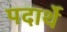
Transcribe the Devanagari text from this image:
पदार्थे